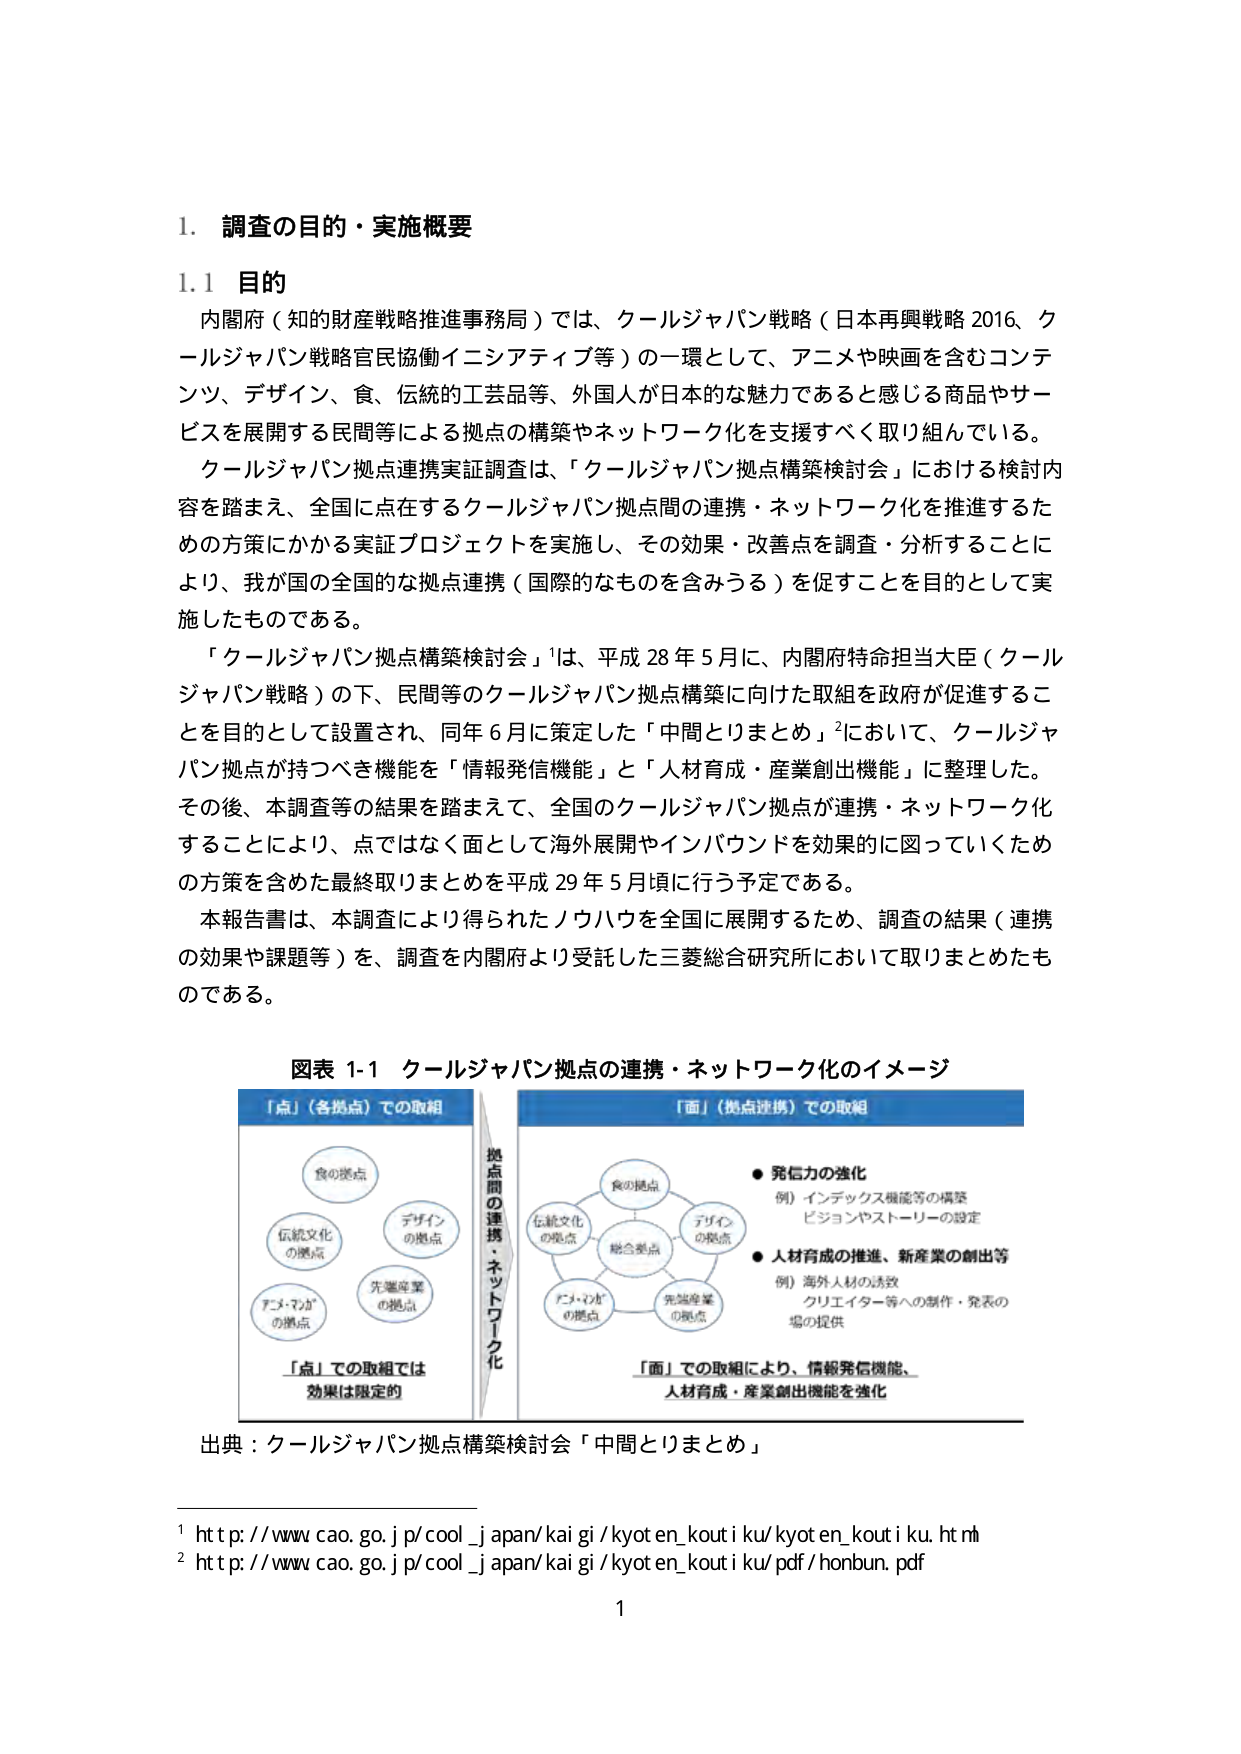
1. 調査の目的・実施概要

1.1 目的

内閣府（知的財産戦略推進事務局）では、クールジャパン戦略（日本再興戦略2016、クールジャパン戦略官民協働イニシアティブ等）の一環として、アニメや映画を含むコンテンツ、デザイン、食、伝統的工芸品等、外国人が日本的な魅力であると感じる商品やサービスを展開する民間等による拠点の構築やネットワーク化を支援すべく取り組んでいる。

クールジャパン拠点連携実証調査は、「クールジャパン拠点構築検討会」における検討内容を踏まえ、全国に点在するクールジャパン拠点間の連携・ネットワーク化を推進するための方策にかかる実証プロジェクトを実施し、その効果・改善点を調査・分析することにより、我が国の全国的な拠点連携（国際的なものを含みうる）を促すことを目的として実施したものである。

「クールジャパン拠点構築検討会」¹は、平成28年5月に、内閣府特命担当大臣（クールジャパン戦略）の下、民間等のクールジャパン拠点構築に向けた取組を政府が促進することを目的として設置され、同年6月に策定した「中間とりまとめ」²において、クールジャパン拠点が持つべき機能を「情報発信機能」と「人材育成・産業創出機能」に整理した。その後、本調査等の結果を踏まえて、全国のクールジャパン拠点が連携・ネットワーク化することにより、点ではなく面として海外展開やインバウンドを効果的に図っていくための方策を含めた最終取りまとめを平成29年5月頃に行う予定である。

本報告書は、本調査により得られたノウハウを全国に展開するため、調査の結果（連携の効果や課題等）を、調査を内閣府より受託した三菱総合研究所において取りまとめたものである。

図表 1-1 クールジャパン拠点の連携・ネットワーク化のイメージ

「点」（各拠点）での取組

食の拠点
伝統文化の拠点
デザインの拠点
先端産業の拠点
アニメ・マンガの拠点

「点」での取組では
効果は限定的

拠点間の連携・ネットワーク化

「面」（拠点連携）での取組

食の拠点
伝統文化の拠点
デザインの拠点
先端産業の拠点
アニメ・マンガの拠点
融合拠点

● 発信力の強化
例）インデックス機能等の構築
ビジョンやストーリーの設定

● 人材育成の推進、新産業の創出等
例）海外人材の誘致
クリエイター等への制作・発表の場の提供

「面」での取組により、情報発信機能、
人材育成・産業創出機能を強化

出典：クールジャパン拠点構築検討会「中間とりまとめ」

¹ http://www.cao.go.jp/cool_japan/kai gi/kyoten_kouti ku/kyoten_kouti ku.htm
² http://www.cao.go.jp/cool_japan/kai gi/kyoten_kouti ku/pdf/honbun.pdf

1